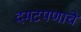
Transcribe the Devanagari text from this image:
दमटपणाचे